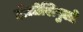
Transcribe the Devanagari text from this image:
होलोशिपुलो